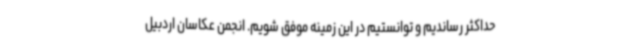
حداکثر رساندیم و توانستیم در این زمینه موفق شویم. انجمن عکاسان اردبیل